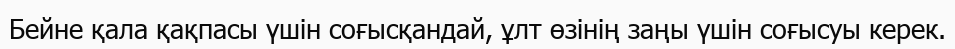
Бейне қала қақпасы үшін соғысқандай, ұлт өзінің заңы үшін соғысуы керек.